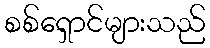
စစ်ရှောင်များသည်